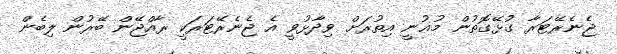
ޖެނެރޭޓަރާ ގުޅޭގޮތުން މުޣުނީ އިތުރަށް ވިދާޅުވީ އެ ޖެނެރޭޓަރަކީ ރާއްޖޭން ބޭރުން ލިބެން